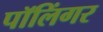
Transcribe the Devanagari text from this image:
पॉलिंगर